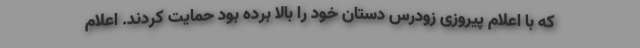
که با اعلام پیروزی زودرس دستان خود را بالا برده بود حمایت کردند. اعلام